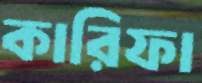
কারিফা